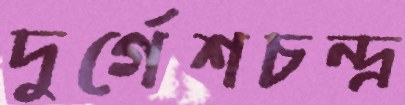
দুর্গেশচন্দ্র